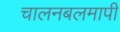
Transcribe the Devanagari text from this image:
चालनबलमापी